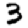
Digit: 3